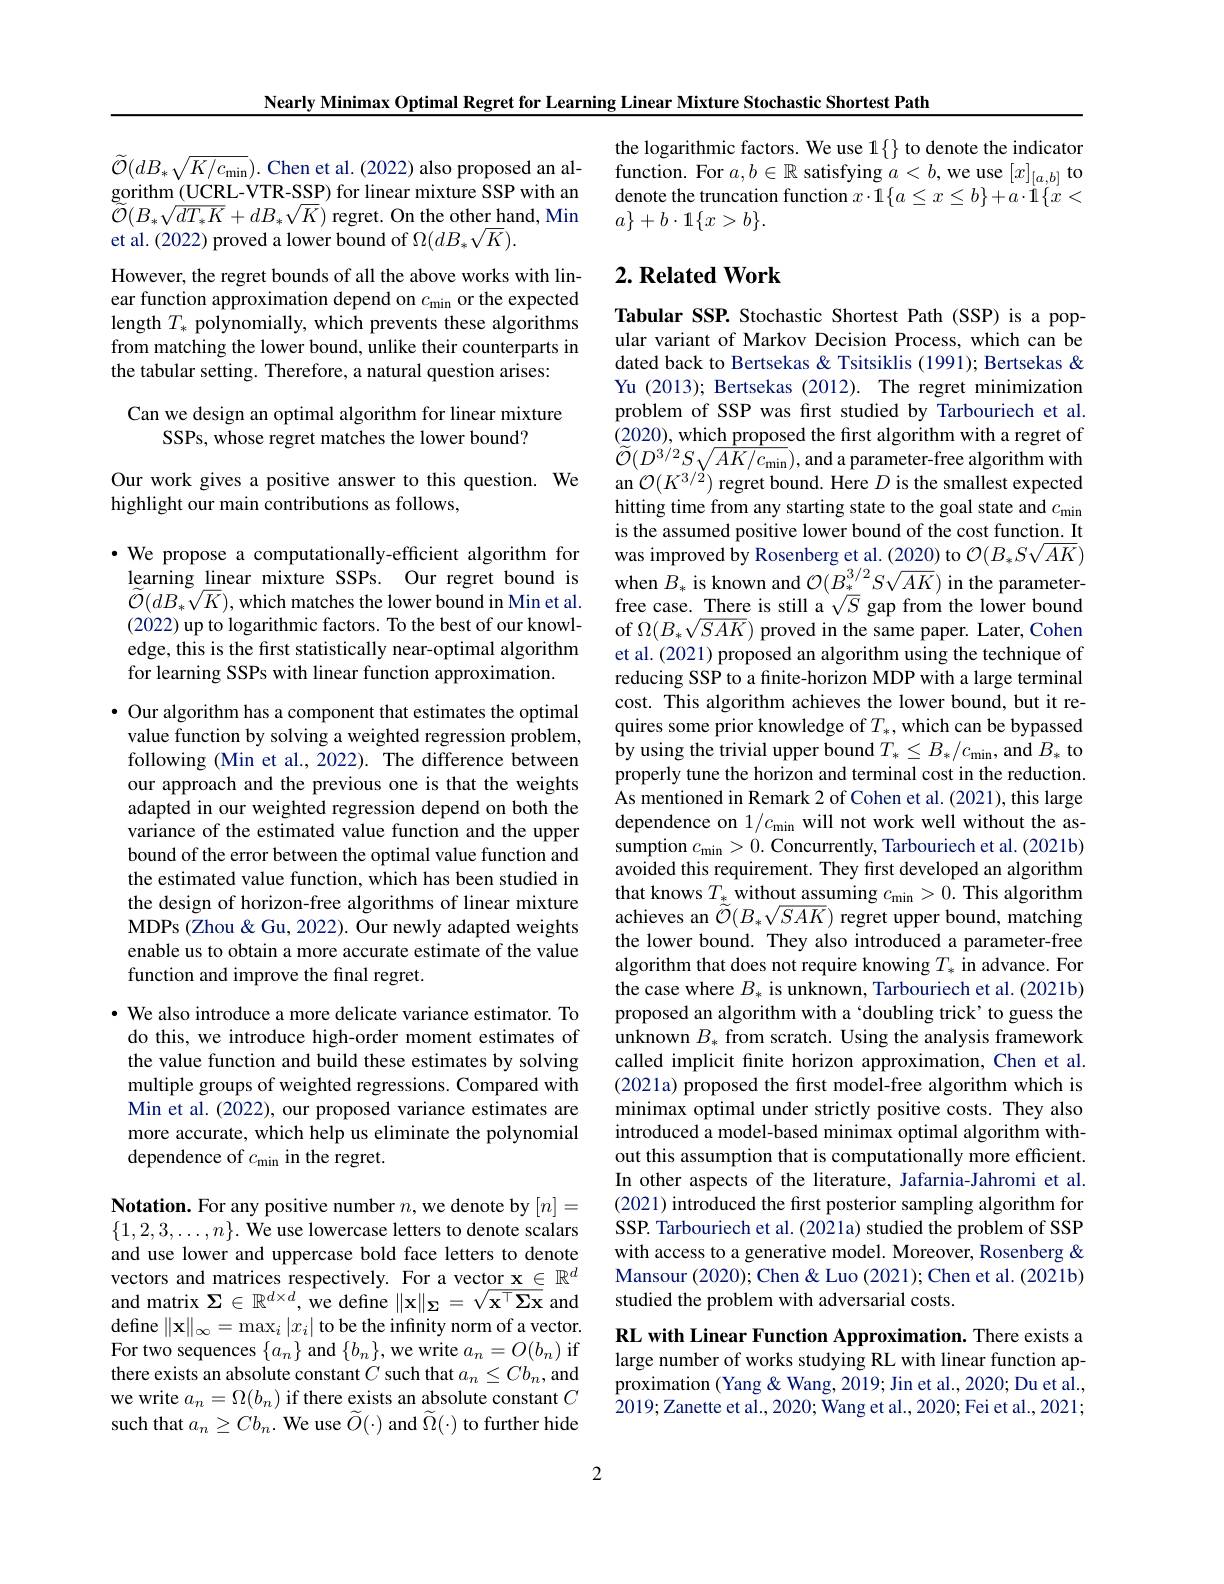
Nearly Minimax Optimal Regret for Learning Linear Mixture Stochastic Shortest Path

$\widetilde{\mathcal{O}}(dB_{*}\sqrt{K/c_{\mathrm{min}}}).$ Chen et al.(2022) also proposed an algorithm ( UCRL- VTR- SSP) for linear mixture $\hat{S}$SP with an $\tilde{\widetilde{\mathcal{O}}}(B_{*}\sqrt{dT_{*}K}+dB_{*}\sqrt{K})^{\prime}$regret. On the other hand, Min et al. (2022) proved a lower bound of $\Omega(dB_*\sqrt{K}).$

However, the regret bounds of all the above works with linear function approximation depend on $c_\mathrm{min}$ or the expected length $T_*$ polynomially, which prevents these algorithms from matching the lower bound, unlike their counterparts in the tabular setting. Therefore, a natural question arises:

## Can we design an optimal algorithm for linear mixture SSPs, whose regret matches the lower bound?

Our work gives a positive answer to this question. We
highlight our main contributions as follows,

$\cdot$ We propose a computationally-efficient algorithm for learning linear mixture SSPs. Our regret bound is $\widetilde{\mathcal{O}}(dB_{*}\sqrt{K})$, which matches the lower bound in Min et al. (2022) up to logarithmic factors. To the best of our knowledge, this is the first statistically near-optimal algorithm for learning SSPs with linear function approximation.

· Our algorithm has a component that estimates the optimal value function by solving a weighted regression problem, following (Min et al.,2022). The difference between our approach and the previous one is that the weights adapted in our weighted regression depend on both the variance of the estimated value function and the upper bound of the error between the optimal value function and the estimated value function, which has been studied in the design of horizon-free algorithms of linear mixture MDPs (Zhou & Gu, 2022). Our newly adapted weights enable us to obtain a more accurate estimate of the value function and improve the final regret.

· We also introduce a more delicate variance estimator. To do this, we introduce high-order moment estimates of the value function and build these estimates by solving multiple groups of weighted regressions. Compared with Min et al. (2022), our proposed variance estimates are more accurate, which help us eliminate the polynomial dependence of $c_\mathrm{min}$ in the regret.

Notation. For any positive number $n$,we denote by $[n]=$ $\{1,2,3,\ldots,n\}.$ We use lowercase letters to denote scalars and use lower and uppercase bold face letters to denote define $\|\mathbf{x}\|_\infty=\max_i|x_i|$ to be the infinity norm of a vector. For two sequences $\{a_n\}$ and $\{b_n\}$, we write $a_n=O(b_n)$ if there exists an absolute constant $C$ such that $a_n\leq Cb_n$, and we write $a_n=\Omega(b_n)$ if there exists an absolute constant $C$ such that $a_n\geq Cb_n.$ We use $\widetilde O(\cdot)$ and $\widetilde\Omega(\cdot)$ to further hide

the logarithmic factors. We use 1{}to denote the indicator function. For $a,b\in\mathbb{R}$ satisfying $a<b$,we use $[x]_[a,b]$ to denote the truncation function $x\cdot1\{a\leq x\leq b\}+a\cdot\dot{1}\{x<$ $a\}+b\cdot1\{x>b\}.$

## $2. \textbf{Related Work}$

Tabular SSP. Stochastic Shortest Path (SSP) is a popular variant of Markov Decision Process, which can be dated back to Bertsekas & Tsitsiklis (1991); Bertsekas & Yu (2013); Bertsekas (2012). The regret minimization problem of SSP was first studied by Tarbouriech et al. (2020),which proposed the first algorithm with a regret of $\widetilde{\mathcal{O}}(D^{3/2}S\sqrt{AK/c_{\mathrm{min}}})$,and a parameter-free algorithm with an $\mathcal{O}(K^{3/2})$ regret bound. Here $D$ is the smallest expected hitting time from any starting state to the goal state and $c_\mathrm{min}$ is the assumed positive lower bound of the cost function. It was improved by Rosenberg et al.(2020) to $\mathcal{O}(B_*S\sqrt{AK})$ when $\hat{B}_{*}$ is known and $\mathcal{O}(B_{*}^{3/2}S\sqrt{AK})$ in the parameterfree case. There is still a $\sqrt{S}$ gap from the lower bound of $\Omega(B_*\sqrt{SAK})$ proved in the same paper. Later, Cohen et al. (2021) proposed an algorithm using the technique of reducing SSP to a finite-horizon MDP with a large terminal cost. This algorithm achieves the lower bound, but it requires some prior knowledge of $T_*$, which can be bypassed by using the trivial upper bound $T_*\leq B_*/c_{\mathrm{min}}$, and $B_*$ to properly tune the horizon and terminal cost in the reduction. As mentioned in Remark 2 of Cohen et al. (2021), this large dependence on $1/c_{\mathrm{min}}$ will not work well without the assumption $c_\mathrm{min}>0.$ Concurrently, Tarbouriech et al. (2021b) avoided this requirement. They first developed an algorithm that knows $T_{\underline{*}}$ without assuming $c_\mathrm{min}>0.$ This algorithm achieves an $\tilde{\tilde{O}}(B_{*}\sqrt{SAK})$ regret upper bound, matching the lower bound. They also introduced a parameter-free algorithm that does not require knowing $T_*$ in advance. For the case where $B_*$ is unknown, Tarbouriech et al. (2021b) proposed an algorithm with a ‘doubling trick’ to guess the unknown $B_*$ from scratch. Using the analysis framework called implicit finite horizon approximation, Chen et al. (2021a) proposed the first model-free algorithm which is minimax optimal under strictly positive costs. They also introduced a model-based minimax optimal algorithm without this assumption that is computationally more efficient. In other aspects of the literature, Jafarnia-Jahromi et al. (2021) introduced the first posterior sampling algorithm for SSP. Tarbouriech et al. (2021a) studied the problem of SSP with access to a generative model. Moreover, Rosenberg & Mansour (2020); Chen & Luo (2021); Chen et al. (2021b)
vectors and matrices respectively. For a vector $\mathbf{x} \in \mathbb{R} ^d$ Mansour (2020); Chen&Luo (2021); Ched matrix $\Sigma\in\mathbb{R}^{d\times d}$, we define $\|\mathbf{x}\|_{\Sigma}=\sqrt{\mathbf{x}^\top\Sigma\mathbf{x}}$ and studied the problem with adversarial costs.
RL with Linear Function Approximation. There exists a large number of works studying RL with linear function ap-

proximation (Yang & Wang, 2019; Jin et al., 2020; Du et al., 2019;Zanette et al., 2020; Wang et al., 2020; Fei et al., 2021;

2